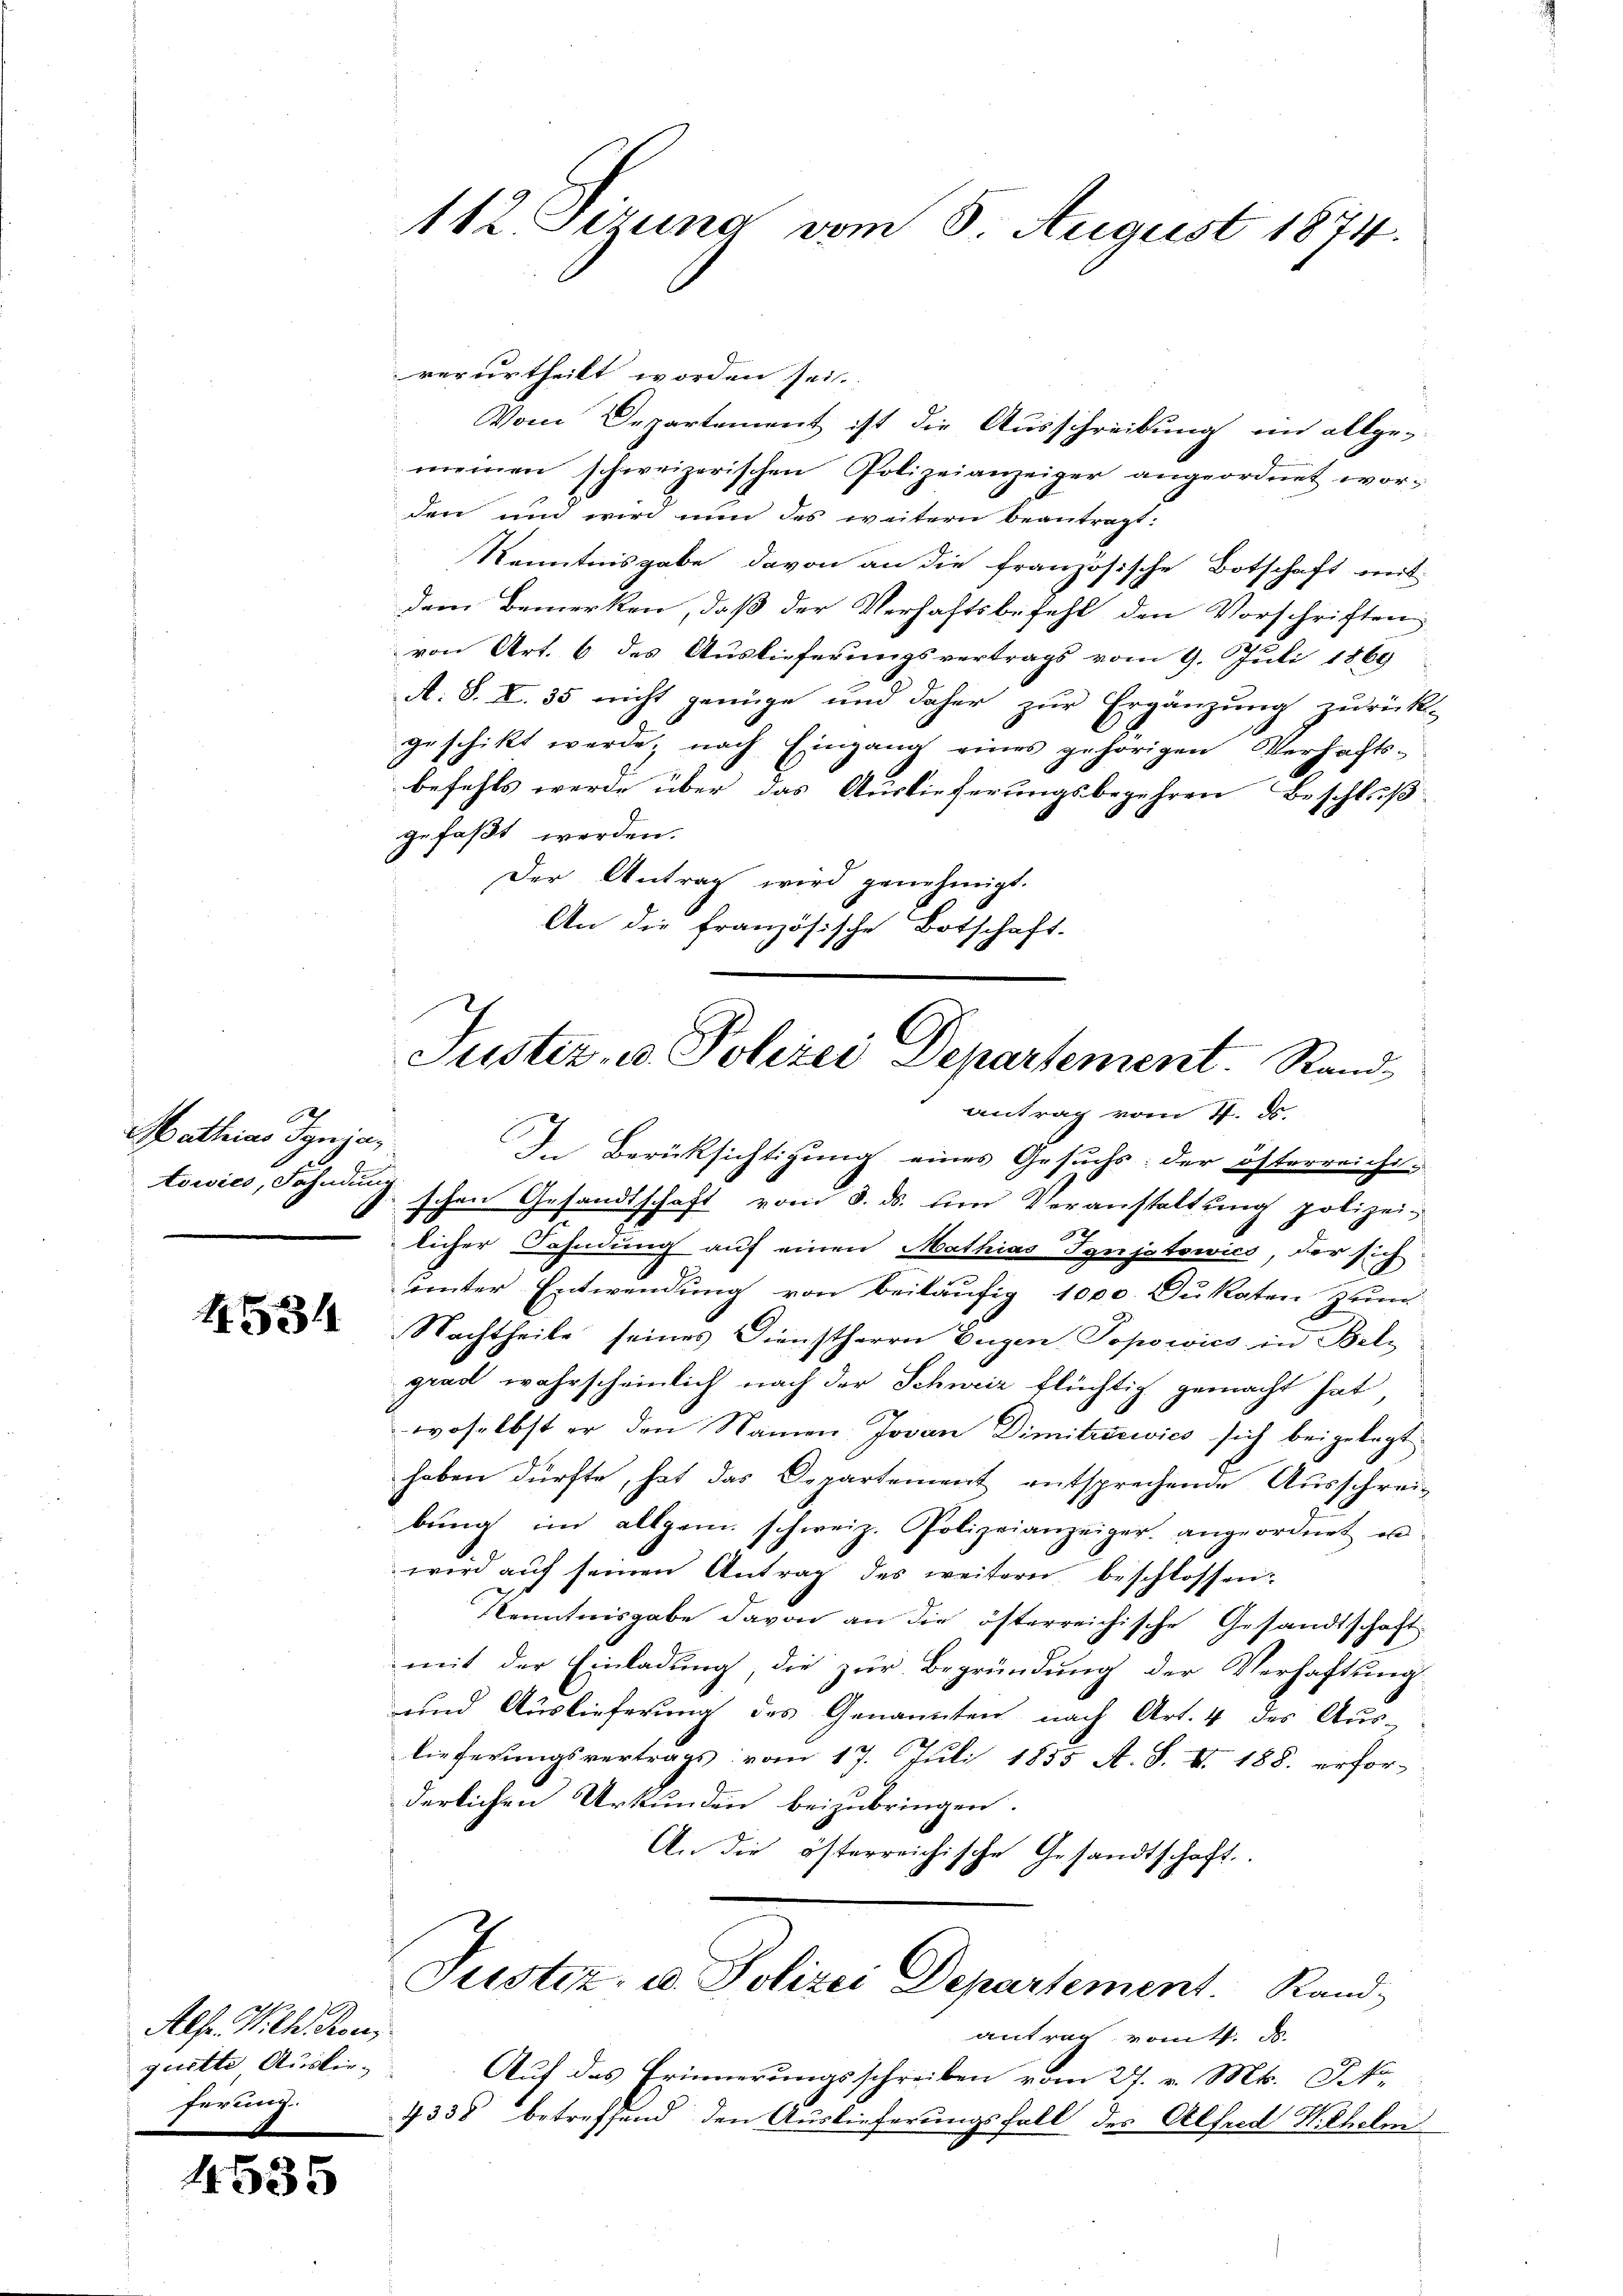
Mathias Synja,
towics, Fahndung

1534

Alfe. Wilh. Rous
quette Auslie-
ferung.

4535

112 Sizung vom 8. August 1874.

verurtheilt worden sei.
Vom Departement ist die Ausschreibung im allge-
meinen schweizerischen Polizeianzeiger angeordnet worden und wird nun des weitern beantragt.
Kenntnisgabe davon an die französische Botschaft mit
dem Bemerken, daß der Verhaftsbefehl den Vorschriften
von Art. 6 des Auslieferungsvertrags vom 9. Juli 1869
A. S. X. 35 nicht genüge und daher zur Ergänzung zurück-
geschikt werde; nach Eingang eines gehörigen Verhachts-
¬
befehls werde über das Auslieferungsbegehren Beschluß
gefaßt werden.
Der Antrag wird genehmigt.
An die französische Botschaft.

Justiz- u. Polizei Departement. Stand,
antrag vom 4. ds.

In Berücksichtigung eines Gesuchs: der österreichi-
schen Gesandtschaft vom 8. ds. um Veranstaltung polizei-
licher Dahnung auf einen Mathias Tynjstowico, der sich
unter Entwendung von beiläufig 1000 Dukaten zum
Nachtheile seines Dienstherrn Eugen, Popowics in Belgrad wahrscheinlich nach der Schweiz flüchtig gemacht hat,
woselbst er den Namen Jovan Dimitrowics sich beigelegt
haben dürfte, hat das Departement entsprechende Ausschreibŭng im allgem. schweiz. Polizeianzeiger angeordnet u
wird auf seinen Antrag des weitern beschlossen:
Kenntnisgabe davon an die österreichische Gesandtschaft
mit der Einladung, die zur Begründung der Verhaftung
und Auslieferung des Genannten nach Art. 4 des Aus-
lieferungsvertrags vom 17. Juli 1855 A. S. II. 188. erfor-
derlichen Urkunden beizubringen.
An die österreichische Gesandtschaft.
Justiz- u. Polizei Departement. Rand,
antrag vom 4. d.
Auf das Erinnerungsschreiben vom 27. v. Mts. Mk.
4338 betreffend den Auslieferungsfall des Alfred Wilhelm